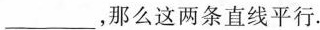
___，那么这两条直线平行.